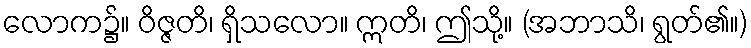
လောက၌။ ဝိဇ္ဇတိ၊ ရှိသလော။ ဣတိ၊ ဤသို့။ (အဘာသိ၊ ရွတ်၏။)